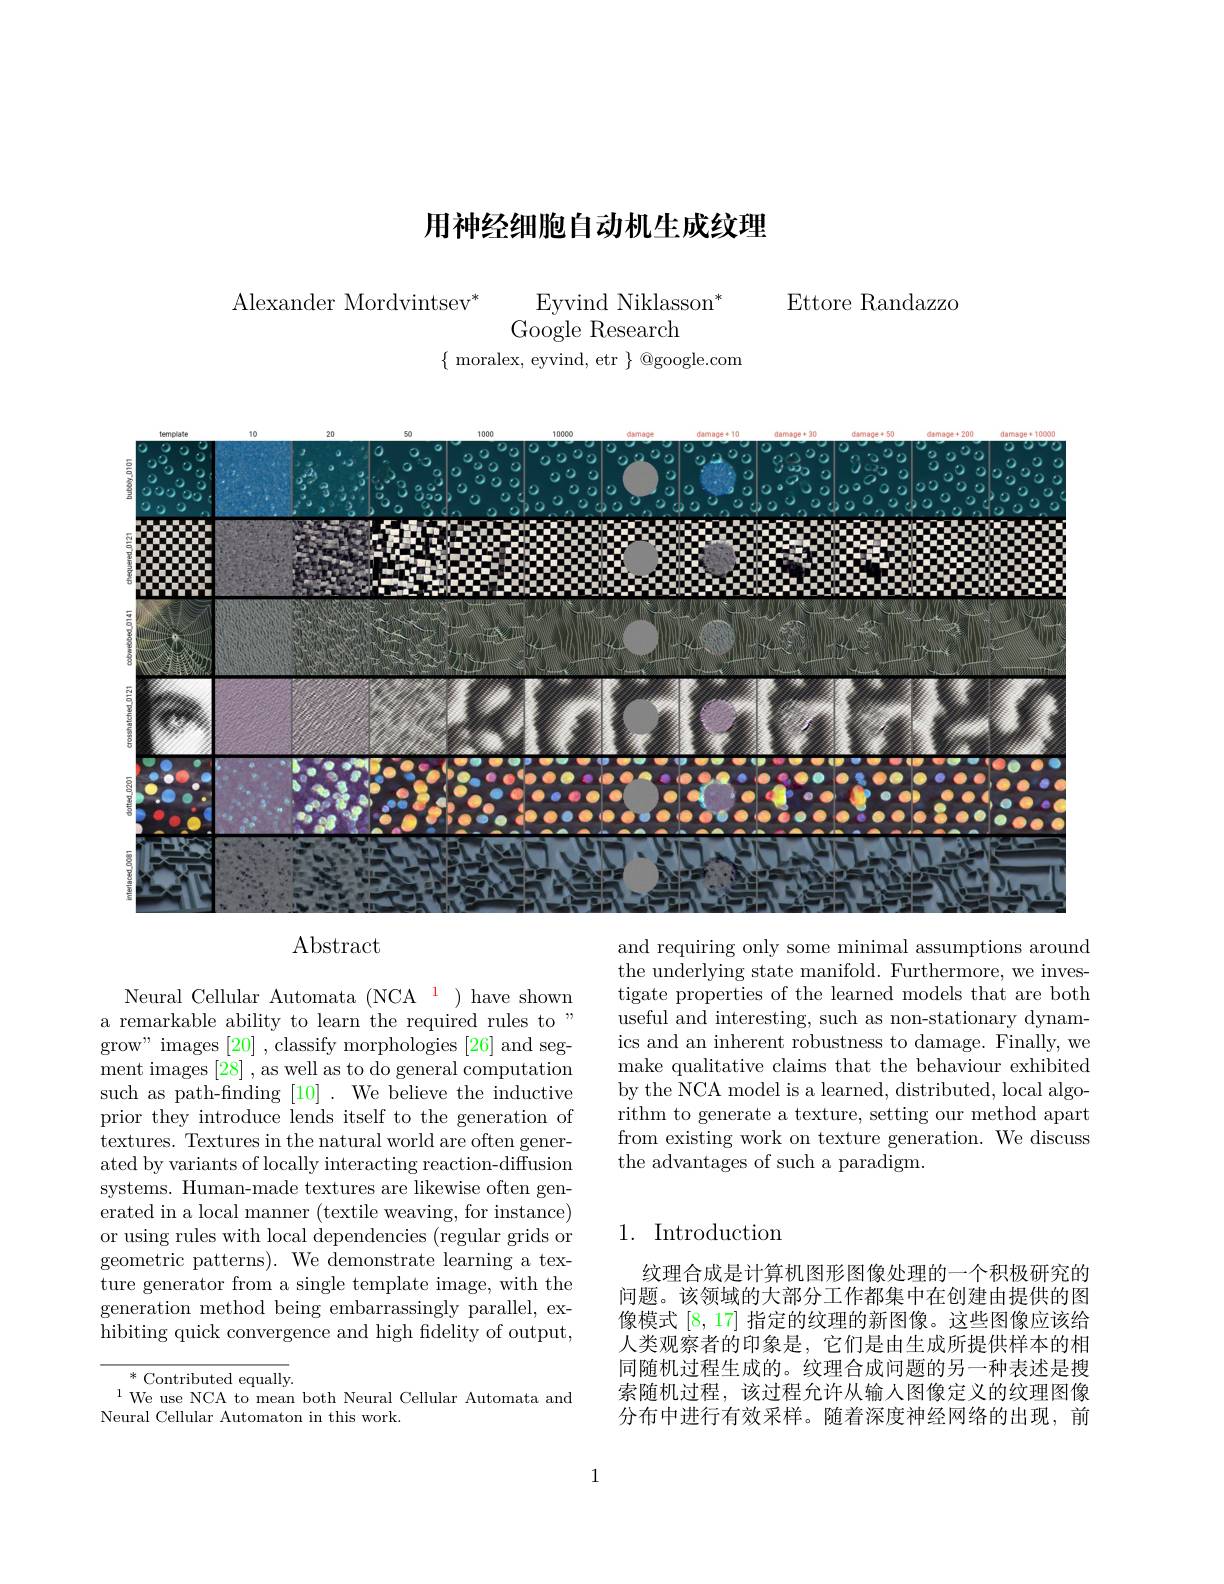
## 用神经细胞自动机生成纹理

Ettore Randazzo

$\mathrm{Alexander~Mordvintsev}^{*}$
$\mathrm{Eyvind~Niklasson}^{*}$
Google Research
$\{$ moralex, eyvind, etr $\}$ @google.com

<FigureHere>

Abstract

and requiring only some minimal assumptions around the underlying state manifold. Furthermore, we investigate properties of the learned models that are both useful and interesting, such as non-stationary dynamics and an inherent robustness to damage. Finally, we make qualitative claims that the behaviour exhibited by the NCA model is a learned, distributed, local algorithm to generate a texture, setting our method apart from existing work on texture generation. We discuss the advantages of such a paradigm.

Neural Cellular Automata (NCA $^{\color{red}{1}}$ )have shown a remarkable ability to learn the required rules to" grow" images [20] , classify morphologies [26] and segment images [28] , as well as to do general computation such as path-finding [10]. We believe the inductive prior they introduce lends itself to the generation of textures. Textures in the natural world are often generated by variants of locally interacting reaction-diffusion systems. Human-made textures are likewise often generated in a local manner (textile weaving, for instance) or using rules with local dependencies (regular grids or $\bar{\text{geometric patterns). We demonstrate learning a tex-}}$ ture generator from a single template image, with the generation method being embarrassingly parallel, exhibiting quick convergence and high fidelity of output,

## 1. Introduction

纹理合成是计算机图形图像处理的一个积极研究的问题。该领域的大部分工作都集中在创建由提供的图像模式[8,17]指定的纹理的新图像。这些图像应该给人类观察者的印象是，它们是由生成所提供样本的相同随机过程生成的。纹理合成问题的另一种表述是搜索随机过程，该过程允许从输入图像定义的纹理图像分布中进行有效采样。随着深度神经网络的出现，前

$\begin{array}{c}{*}&{\mathrm{Contributed~equally.}}\\{1\text{We use NCA to mean both Neural Cellular Automata and}}\\{\mathrm{Ve~ase~NCA~to~mean~both~Neural~Cellular~Automata~and}}\end{array}$
Neural Cellular Automaton in this work.

1